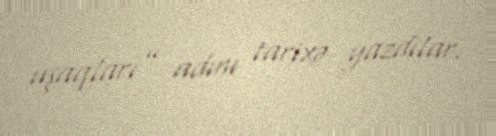
uşaqları” adını tarixə yazdılar.